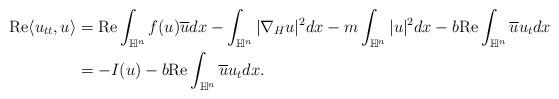
LaTeX: \begin{align*}{\rm Re}\langle u_{tt}, u \rangle &= {\rm Re}\int_{\mathbb{H}^n } f(u)\overline{u} dx- \int_{\mathbb{H}^n } |\nabla_{H} u|^2 dx - m\int_{\mathbb{H}^n } |u|^2 dx - b {\rm Re}\int_{\mathbb{H}^n } \overline{u} u_t dx\\&= - I(u) - b {\rm Re}\int_{\mathbb{H}^n } \overline{u}u_t dx.\end{align*}